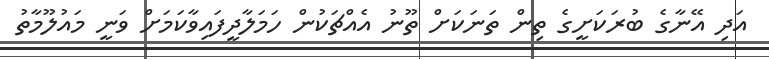
އަދި އޭނާގެ ބުރަކަށީގެ ތިން ތަނަކަށް ތޫނު އެއްޗަކުން ހަމަލާދީފައިވާކަމަށް ވަނީ މައުލޫމާތު